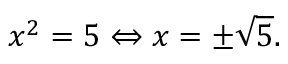
x ^ { 2 } = 5 \Leftrightarrow x = \pm { \sqrt { 5 } } .